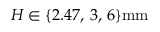
H \in \{ 2 . 4 7 , \, 3 , \, 6 \} \mathrm { m m }